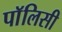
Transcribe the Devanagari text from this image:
पाॅलिसी